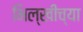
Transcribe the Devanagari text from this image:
भिल्खीच्या